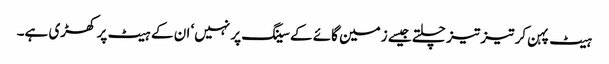
ہیٹ پہن کر تیز تیز چلتے جیسے زمین گائے کے سینگ پر نہیں‘ ان کے ہیٹ پر کھڑی ہے۔